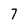
Character: 7